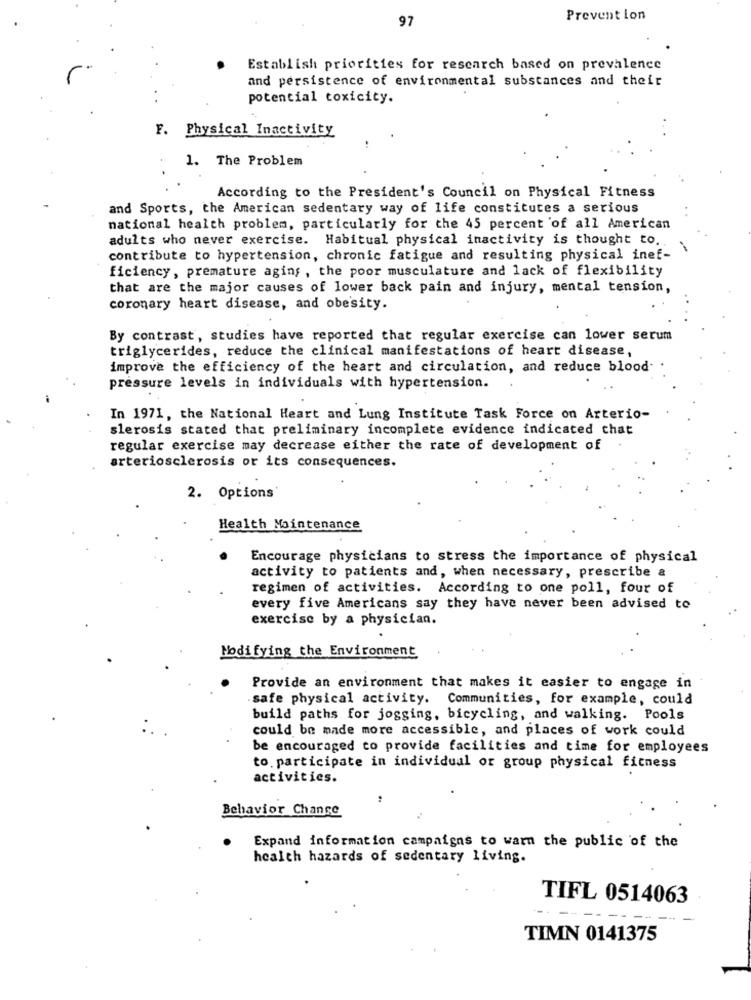
97
Prevent lon
Establish priorities for research based on prevalence
and persistence of environmental substances and their
potential toxicity.
F. Physical Inactivity
1. The Problem
According to the President's Council on Physical Fitness
and Sports, the American sedentary way of life constitutes a serious
national health problem, particularly for the 45 percent of all American
adults who never exercise. Habitual physical inactivity is thought to.
contribute to hypertension, chronic fatigue and resulting physical inef-
ficiency, premature aging , the poor musculature and lack of flexibility
that are the major causes of lower back pain and injury, mental tension,
coronary heart disease, and obesity.
By contrast, studies have reported that regular exercise can lower serum
triglycerides, reduce the clinical manifestations of heart disease,
improve the efficiency of the heart and circulation, and reduce blood-
pressure levels in individuals with hypertension.
In 1971, the National Heart and Lung Institute Task Force on Arterio-
slerosis stated that preliminary incomplete evidence indicated chat
regular exercise may decrease either the rate of development of
arteriosclerosis or its consequences.
2. Options
Health Maintenance
Encourage physicians to stress the importance of physical
activity to patients and, when necessary, prescribe &
regimen of activities. According to one poll, four of
every five Americans say they have never been advised to
exercise by a physician.
Modifying the Environment
Provide an environment that makes it easier to engage in
safe physical activity. Communities, for example, could
build paths for jogging, bicycling, and walking. Pools
could be made more accessible, and places of work could
be encouraged to provide facilities and time for employees
to participate in individual or group physical fitness
activities.
Behavior Change
Expand information campaigns to warn the public of the
health hazards of sedentary living.
TIFL 0514063
- -
TIMN 0141375